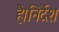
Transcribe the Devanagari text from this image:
है।निर्देश